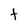
Character: t